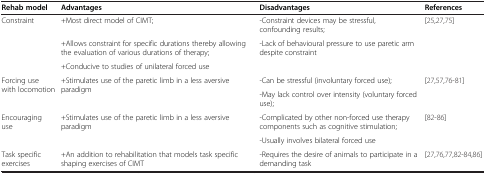
| Rehab model | Advantages | Disadvantages | References |
 | --- | --- | --- | --- |
 | <ROWSPAN=3> Constraint | +Most direct model of CIMT; | -Constraint devices may be stressful, confounding results; | <ROWSPAN=3> [25,27,75] |
 | +Allows constraint for specific durations thereby allowing the evaluation of various durations of therapy; | -Lack of behavioural pressure to use paretic arm despite constraint |
 | +Conducive to studies of unilateral forced use |  |
 | <ROWSPAN=2> Forcing use with locomotion | <ROWSPAN=2> +Stimulates use of the paretic limb in a less aversive paradigm | -Can be stressful (involuntary forced use); | <ROWSPAN=2> [27,57,76-81] |
 | -May lack control over intensity (voluntary forced use); |
 | <ROWSPAN=2> Encouraging use | +Stimulates use of the paretic limb in a less aversive paradigm | -Complicated by other non-forced use therapy components such as cognitive stimulation; | <ROWSPAN=2> [82-86] |
 |  | -Usually involves bilateral forced use |
 | Task specific exercises | +An addition to rehabilitation that models task specific shaping exercises of CIMT | -Requires the desire of animals to participate in a demanding task | [27,76,77,82-84,86] |